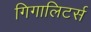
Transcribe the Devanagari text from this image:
गिगालिटर्स